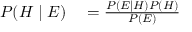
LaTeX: \begin{array} { r l } { P ( H \mid E ) } & { { } = { \frac { P ( E \mid H ) P ( H ) } { P ( E ) } } } \end{array}